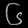
Digit: ၆